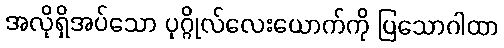
အလိုရှိအပ်သော ပုဂ္ဂိုလ်လေးယောက်ကို ပြသောဂါထာ